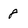
Character: 8